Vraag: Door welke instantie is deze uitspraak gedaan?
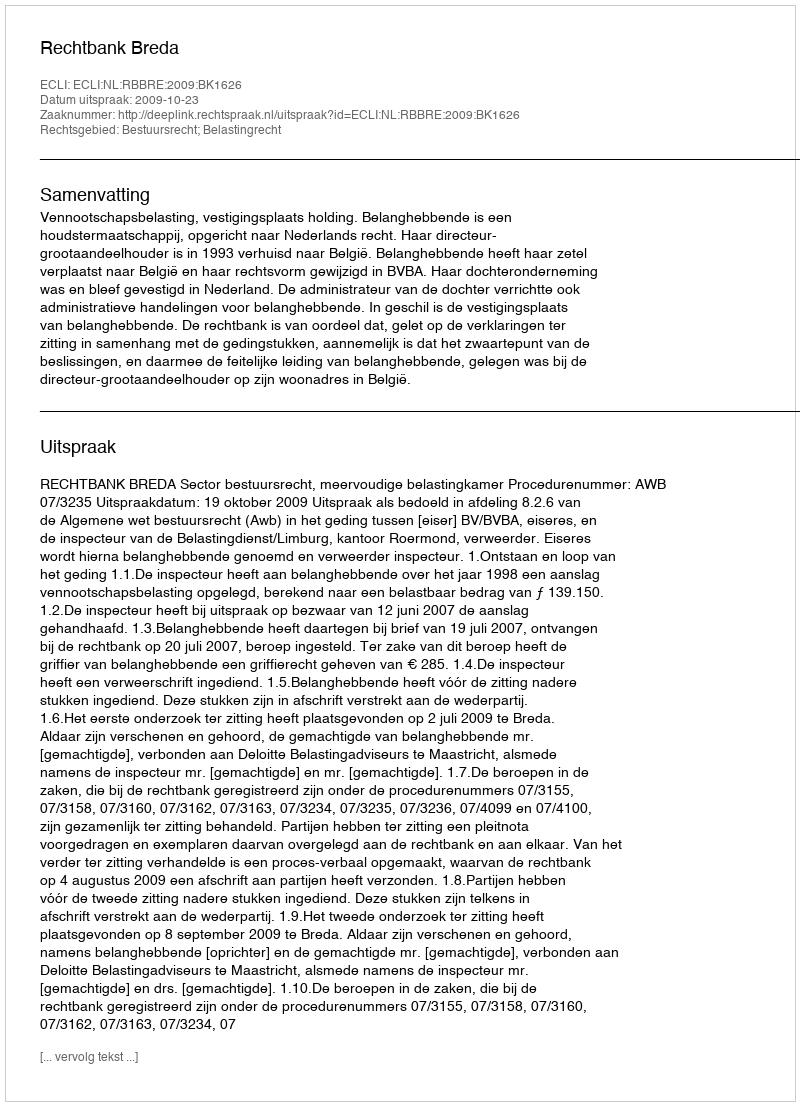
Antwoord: Rechtbank Breda